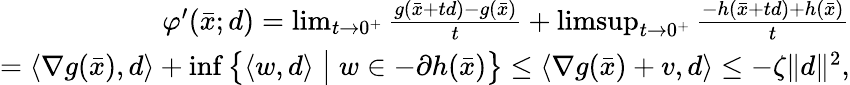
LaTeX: \begin{array}{r}{\begin{array}{r}{\varphi^{\prime}(\bar{x};d)=\operatorname*{lim}_{t\to 0^{+}}\frac{g(\bar{x}+td)-g(\bar{x})}{t}+\operatorname*{limsup}_{t\to 0^{+}}\frac{-h(\bar{x}+td)+h(\bar{x})}{t}}\\ {=\langle\nabla g(\bar{x}),d\rangle+\operatorname*{inf}\big\{ \langle w,d\rangle\; \big|\; w\in-\partial h(\bar{x})\big\} \leq\langle\nabla g(\bar{x})+v,d\rangle\leq-\zeta\| d\| ^{2},}\end{array}}\end{array}